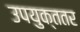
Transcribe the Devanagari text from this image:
उपयुक्ततर